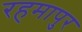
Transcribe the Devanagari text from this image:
रहमापुर